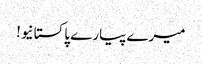
میرے پیارے پاکستانیو!